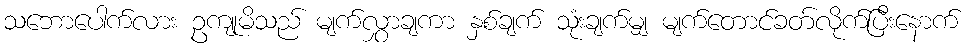
သဘောပေါက်လား ဥကျုမိသည် မျက်လွှာချကာ နှစ်ချက် သုံးချက်မျှ မျက်တောင်ခတ်လိုက်ပြီးနောက်